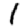
Digit: 1